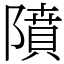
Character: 隫